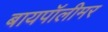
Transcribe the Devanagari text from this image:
बायपॉलीमर